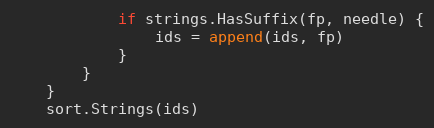
Language: Go
			if strings.HasSuffix(fp, needle) {
				ids = append(ids, fp)
			}
		}
	}
	sort.Strings(ids)